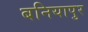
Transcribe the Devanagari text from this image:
बनियापुर